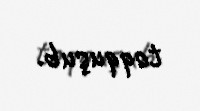
toqquşub.